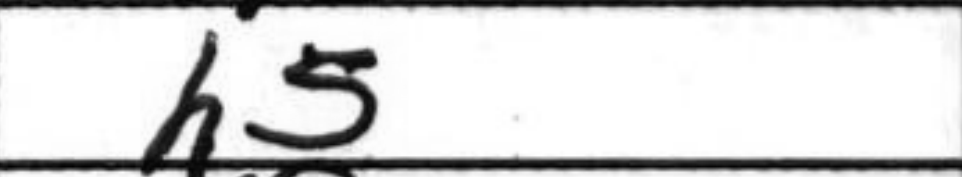
Transcription: h5